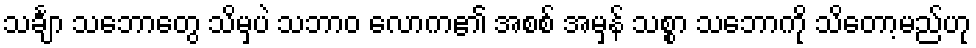
သင်္ချာ သဘောတွေ သိမှပဲ သဘာဝ လောက၏ အစစ် အမှန် သစ္စာ သဘောကို သိတော့မည်ဟု